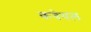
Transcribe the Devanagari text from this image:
कवेयल